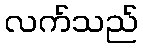
လက်သည်